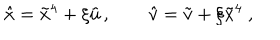
\hat { x } = \tilde { x } ^ { 4 } + \xi \tilde { u } \, , \qquad \hat { v } = \tilde { v } + \xi \tilde { x } ^ { 4 } \ ,